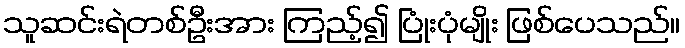
သူဆင်းရဲတစ်ဦးအား ကြည့်၍ ပြုံးပုံမျိုး ဖြစ်ပေသည်။